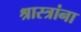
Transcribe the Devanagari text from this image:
श्रास्त्रांना